Civil Veterinary Dept. Bombay admin report 1907-1913 - 1907-1913
Year: 1907
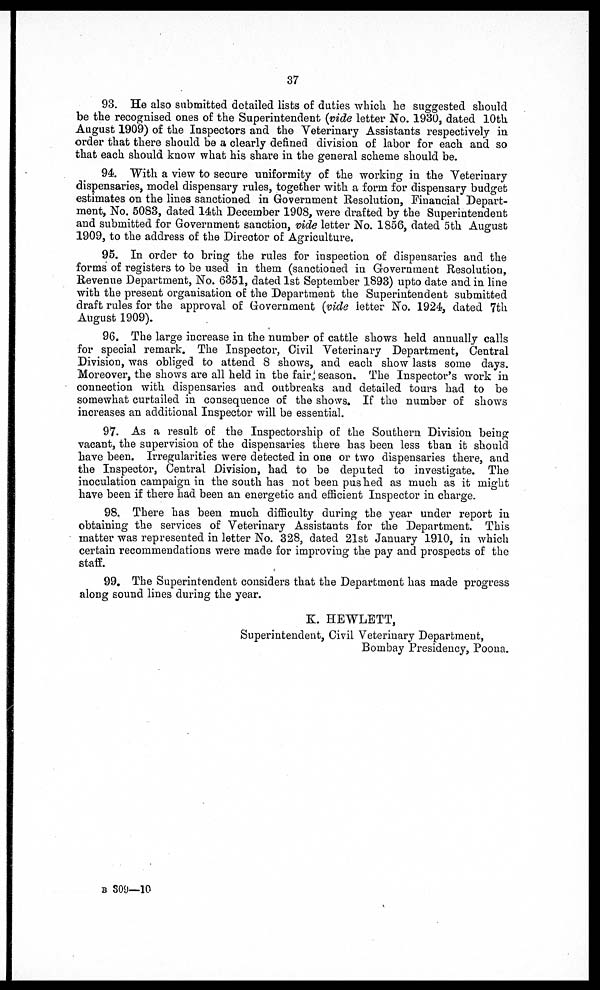
37
93. He also submitted detailed lists of duties which he suggested should
be the recognised ones of the Superintendent (vide letter No. 1930, dated 10th
August 1909) of the Inspectors and the Veterinary Assistants respectively in
order that there should be a clearly defined division of labor for each and so
that each should know what his share in the general scheme should be.
94. With a view to secure uniformity of the working in the Yeterinary
dispensaries, model dispensary rules, together with a form for dispensary budget
estimates on the lines sanctioned in Government Resolution, Financial Depart-
ment, No. 5083, dated 14th December 1908, were drafted by the Superintendent
and submitted for Government sanction, vide letter No. 1856, dated 5th August
1909, to the address of the Director of Agriculture.
95. In order to bring the rules for inspection of dispensaries and the
forms of registers to be used in them (sanctioned in Government Resolution,
Revenue Department, No. 6351, dated 1st September 1893) upto date and in line
with the present organisation of the Department the Superintendent submitted
draft rules for the approval of Government (vide letter No. 1924, dated 7th
August 1909).
96. The large increase in the number of cattle shows held annually calls
for special remark. The Inspector, Civil Veterinary Department, Central
Division, was obliged to attend 8 shows, and each show lasts some days.
Moreover, the shows are all held in the fair season. The Inspector's work in
connection with, dispensaries and outbreaks and detailed tours had to be
somewhat curtailed in consequence of the shows. If the number of shows
increases an additional Inspector will be essential.
97. As a result of the Inspectorship of the Southern Division being
vacant, the supervision of the dispensaries there has been less than it should
have been. Irregularities were detected in one or two dispensaries there, and
the Inspector, Central Division, had to be deputed to investigate. The
inoculation campaign in the south has not been pushed as much as it might
have been if there had been an energetic and efficient Inspector in charge.
98. There has been much, difficulty during the year under report in
obtaining the services of Veterinary Assistants for the Department. This
matter was represented in letter No. 328, dated 21st January 1910, in which
certain recommendations were made for improving the pay and prospects of the
staff.
99. The Superintendent considers that the Department has made progress
along sound lines during the year.
K. HEWLETT,
Superintendent, Civil Veterinary Department,
Bombay Presidency, Poona.
B 309—10